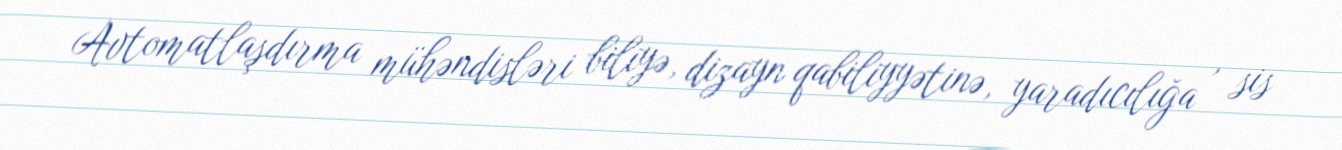
Avtomatlaşdırma mühəndisləri biliyə, dizayn qabiliyyətinə, yaradıcılığa , sis